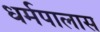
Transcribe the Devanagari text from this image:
धर्मपालास